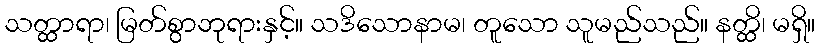
သတ္ထာရာ၊ မြတ်စွာဘုရားနှင့်။ သဒိသောနာမ၊ တူသော သူမည်သည်။ နတ္ထိ၊ မရှိ။